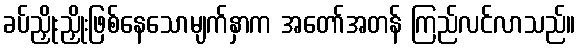
ခပ်ညှိုးညှိုးဖြစ်နေသောမျက်နှာက အတော်အတန် ကြည်လင်လာသည်။